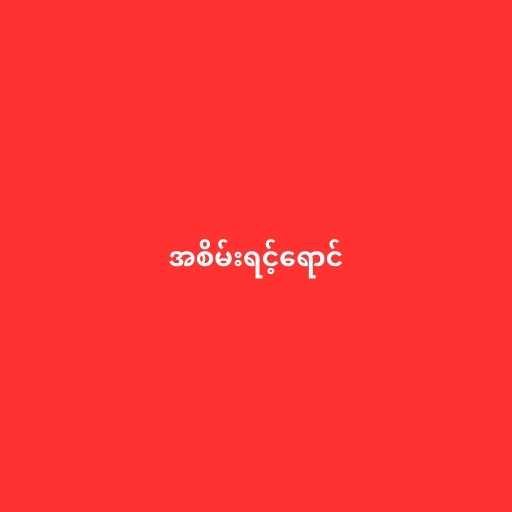
အစိမ်းရင့်ရောင်